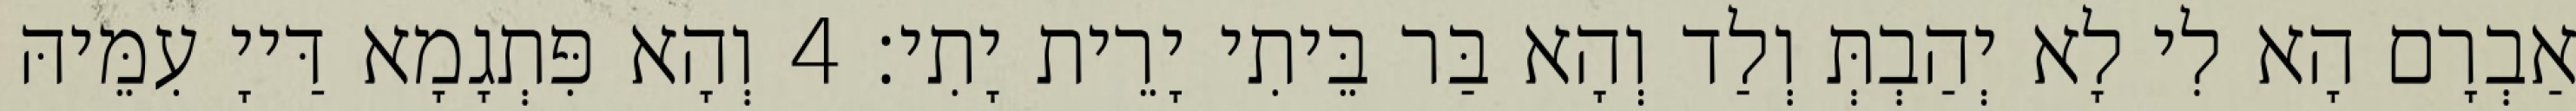
אַבְרָם הָא לִי לָא יְהַבְתְּ וְלַד וְהָא בַּר בֵּיתִי יָרֵית יָתִי׃ 4 וְהָא פִּתְגָמָא דַּייָ עִמֵּיהּ